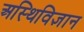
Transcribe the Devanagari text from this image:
अस्थिविज्ञान